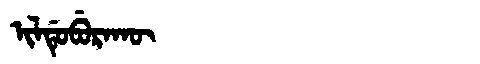
Manchu: ᡳᠯᡩᡠᠪᡠᡵᠠᡴᡡ
Romanization: ILDUBURAKŪ